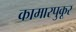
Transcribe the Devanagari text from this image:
कामारपुकूर